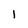
Character: I